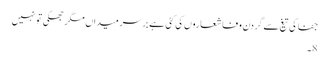
جفا کی تیغ سے گردن وفا شعاروں کی کٹی ہے بر سرِ میداں مگر جھکی تو نہیں
8۔